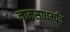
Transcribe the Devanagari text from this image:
नामसाधर्म्यच